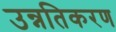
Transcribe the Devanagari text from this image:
उन्नतिकरण